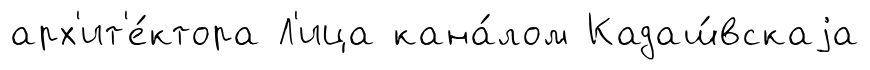
арх'ит'е́ктора Л'ица кана́лом Кадаш́вскаjа